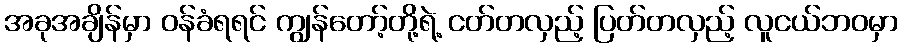
အခုအချိန်မှာ ဝန်ခံရရင် ကျွန်တော့်တို့ရဲ့ ငတ်တလှည့် ပြတ်တလှည့် လူငယ်ဘဝမှာ